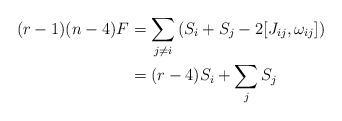
LaTeX: \begin{align*}(r-1)(n-4) F&= \sum_{j\neq i} \left( S_i + S_j - 2[J_{ij}, \omega_{ij}] \right)\\&= (r-4)S_i + \sum_{j} S_j\end{align*}